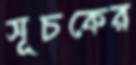
সূচকের